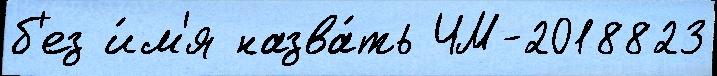
б'ез и́м'я назва́ть ЧМ-2018823